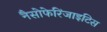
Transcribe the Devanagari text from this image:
नैसोफेरिंजाइटिस